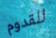
للقدوم